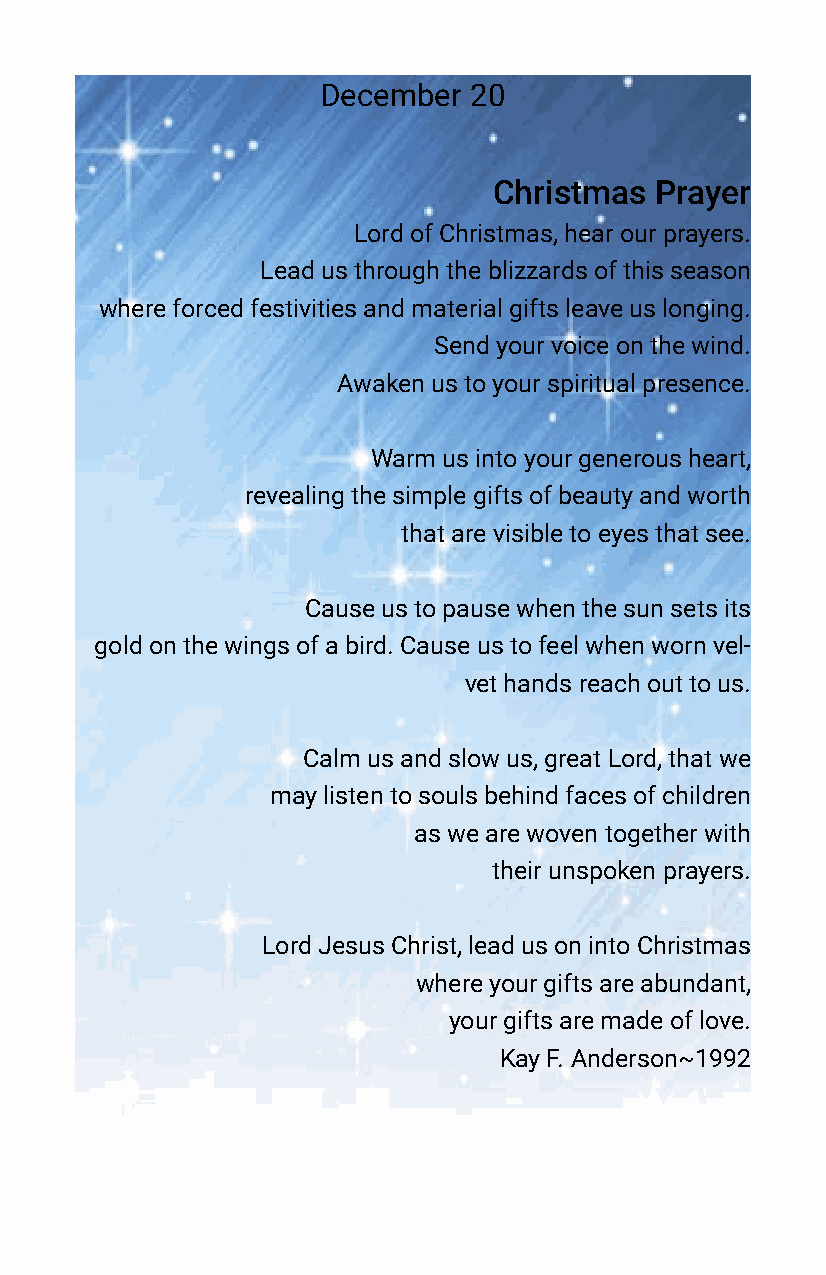
December  20
 Christmas Prayer
 Lord of Christmas, hear our prayers.
 Lead us through the blizzards of this season
 where forced festivities and material gifts leave us longing.
 Send your voice on the wind.
 Awaken us to your spiritual presence.
 Warm us into your generous heart,
 revealing the simple gifts of beauty and worth
 that are visible to eyes that see.
 Cause us to pause when the sun sets its
 gold on the wings of a bird. Cause us to feel when worn vel-
 vet hands reach out to us.
 Calm us and slow us, great Lord, that we
 may listen to souls behind faces of children
 as we are woven together with
 their unspoken prayers.
 Lord Jesus Christ, lead us on into Christmas
 where your gifts are abundant,
 your gifts are made of love.
 Kay F. Anderson~1992